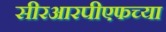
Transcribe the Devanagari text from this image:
सीरआरपीएफच्या